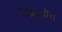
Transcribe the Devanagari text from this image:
ख्रिस्‍तोस